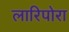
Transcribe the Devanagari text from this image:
लारिपोरा